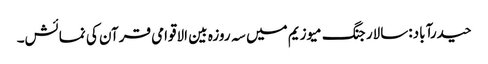
حیدرآباد:سالار جنگ میوزیم میں سہ روزہ بین الاقوامی قرآن کی نمائش۔